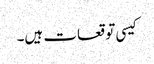
کیسی توقعات ہیں۔